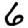
Digit: 6